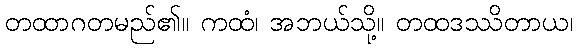
တထာဂတမည်၏။ ကထံ၊ အဘယ်သို့။ တထဒဿိတာယ၊